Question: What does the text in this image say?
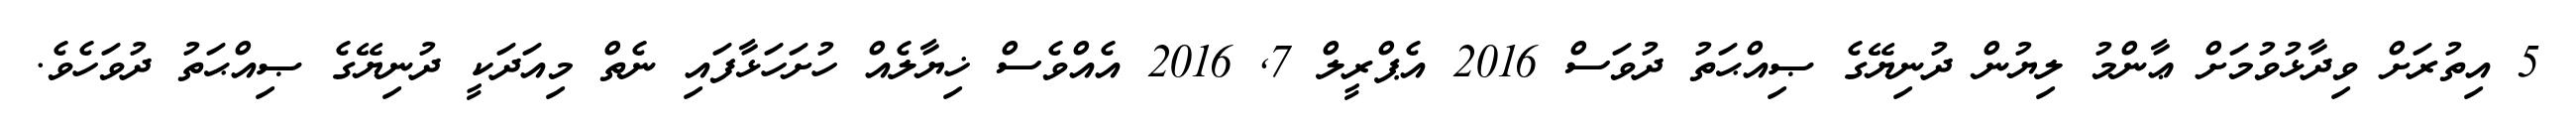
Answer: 5 އިތުރަށް ވިދާޅުވުމަށް ޢާންމު ލިޔުން ދުނިޔޭގެ ޞިއްޙަތު ދުވަސް 2016 އެޕްރީލް 7, 2016 އެއްވެސް ޚިޔާލެއް ހުށަހަޅާފައި ނެތް މިއަދަކީ ދުނިޔޭގެ ޞިއްޙަތު ދުވަހެވެ.